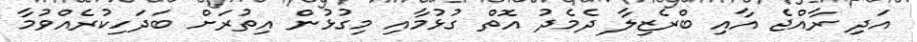
އަދި ރާއްޖެ އާއި ބްރެޒިލާ ދެމެދު އޮތް ގުޅުމާއި މިގުޅުން އިތުރަށް ބަދަހިކުރެއްވުމާ